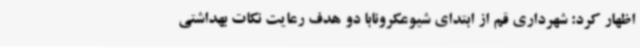
اظهار کرد: شهرداری قم از ابتدای شیوعکرونابا دو هدف رعایت نکات بهداشتی